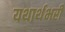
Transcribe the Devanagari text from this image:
यथार्थभरी